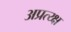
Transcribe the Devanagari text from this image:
अप्रत्य्क्ष